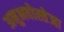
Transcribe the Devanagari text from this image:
अनुभवोस्तेजा